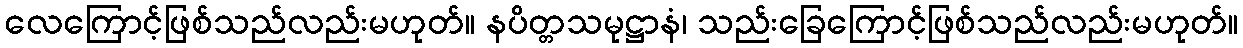
လေကြောင့်ဖြစ်သည်လည်းမဟုတ်။ နပိတ္တသမုဋ္ဌာနံ၊ သည်းခြေကြောင့်ဖြစ်သည်လည်းမဟုတ်။